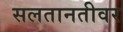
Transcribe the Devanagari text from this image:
सलतानतीवर